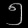
Digit: ၅